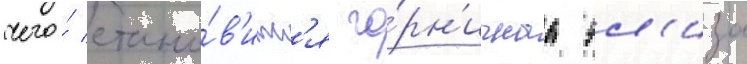
чего́ стано́в'итс'я го́рн'ичнаа эл'иза